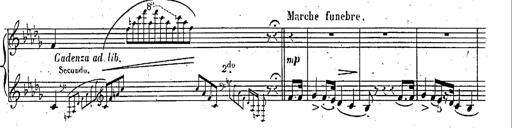
Title: Marche et Cavatine de Lucie de Lammermoor, S.398
Composer: Franz Liszt